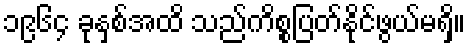
၁၉၆၄ ခုနှစ်အထိ သည်ကိစ္စပြတ်နိုင်ဖွယ်မရှိ။